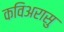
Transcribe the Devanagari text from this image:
कविअरासु